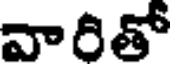
వారితో